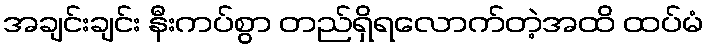
အချင်းချင်း နီးကပ်စွာ တည်ရှိရလောက်တဲ့အထိ ထပ်မံ